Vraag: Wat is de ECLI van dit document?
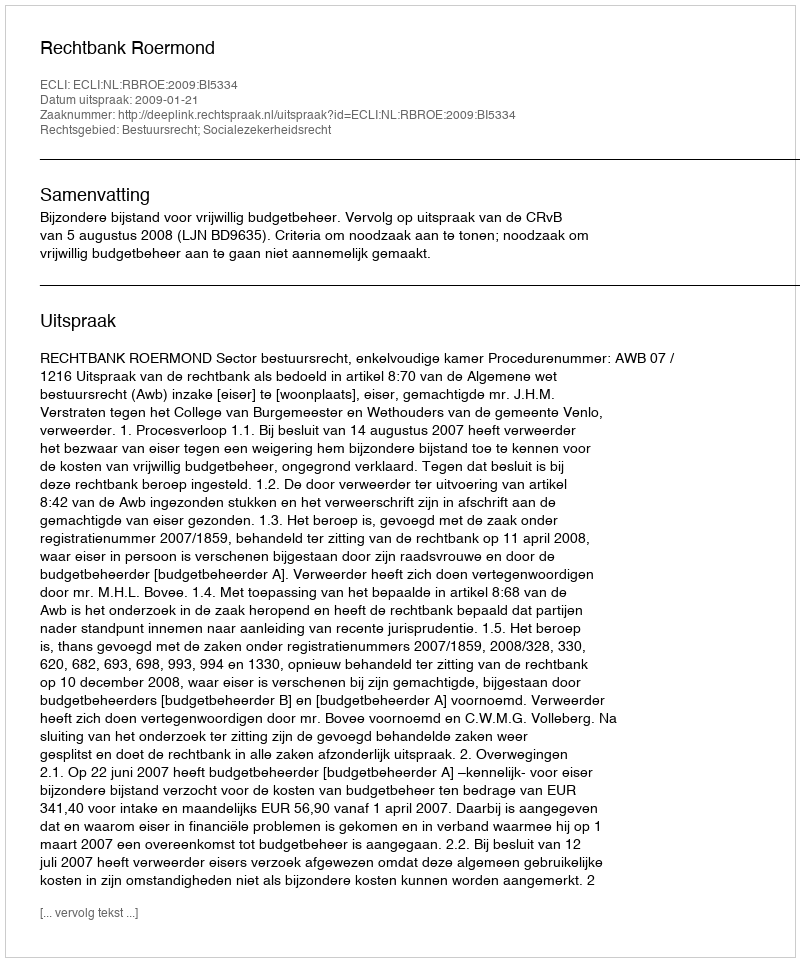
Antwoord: ECLI:NL:RBROE:2009:BI5334